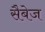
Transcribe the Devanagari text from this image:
सैबेज